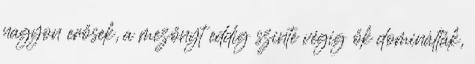
nagyon erősek, a mezőnyt eddig szinte végig ők dominálták,